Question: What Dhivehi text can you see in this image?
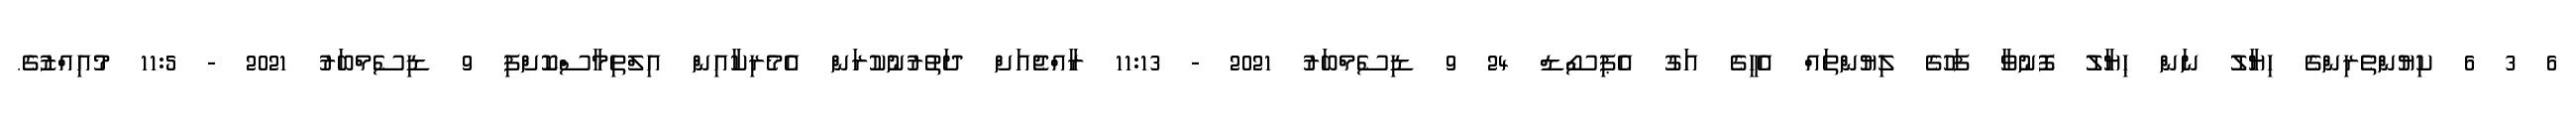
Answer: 6 3 6 ކިޔުންތެރިންގެ ހިޔާލު ނަން ޙިޔާލު ފޮނުވާ ފަހުގެ ލިޔުންތައް އެހީގެ އަގު އެޕިސޯޑް 24 9 ޑިސެމްބަރު 2021 - 11:13 ރާއްޖެއަށް ދަތުރުނުކުރަން އެމެރިކާއިން އިލްތިމާސްކޮށްފި 9 ޑިސެމްބަރު 2021 - 11:5 މުއިއްޒުގެ.